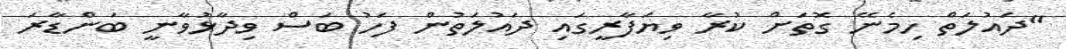
"ދައުލަތް ހިމެނޭ ގޮތަށް ކުރާ ވިޔަފާރީގައި ދައުލަތުން ފަހު ބަސް ވިދާޅުވާނީ ބަންޑާރަ